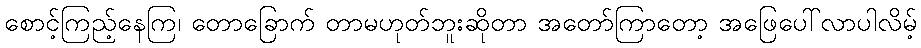
စောင့်ကြည့်နေကြ၊ တောခြောက် တာမဟုတ်ဘူးဆိုတာ အတော်ကြာတော့ အဖြေပေါ်လာပါလိမ့်